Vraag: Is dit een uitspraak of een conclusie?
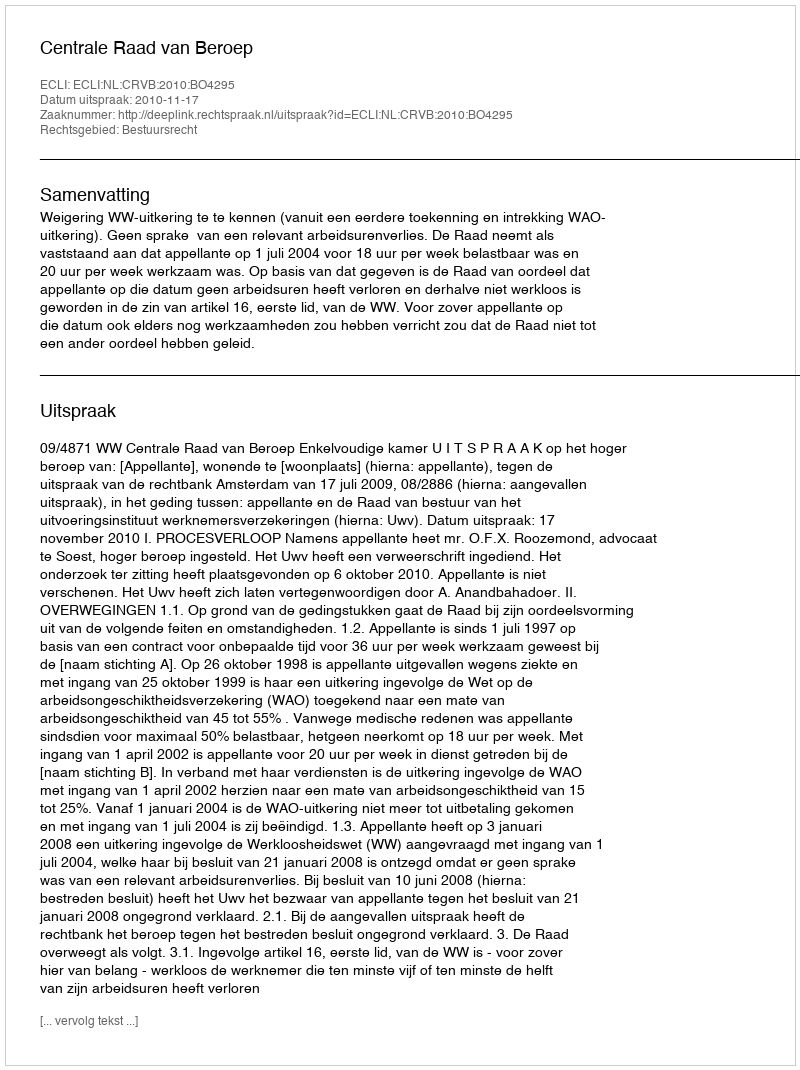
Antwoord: Uitspraak